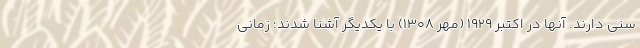
سنی دارند. آنها در اکتبر ۱۹۲۹ (مهر ۱۳۰۸) با یکدیگر آشنا شدند؛ زمانی